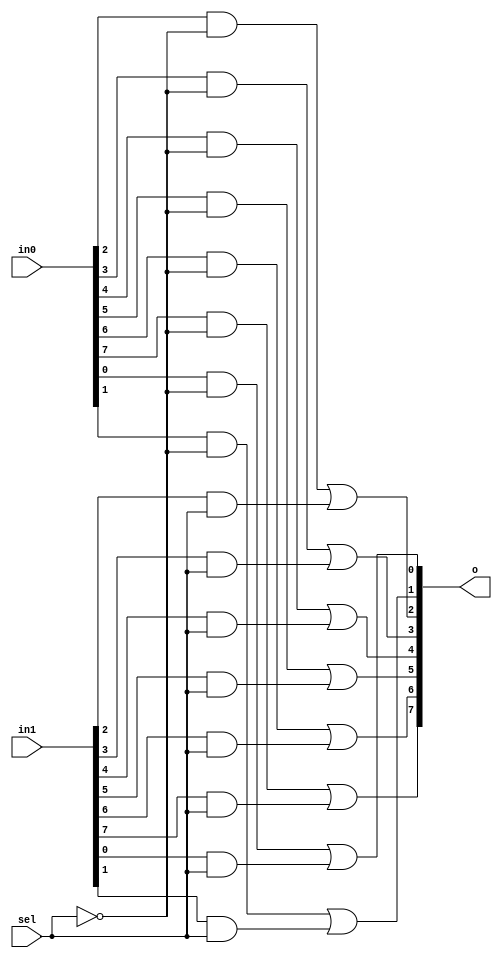
module m2_1x8 (
        input [7:0] in0,
        input [7:0] in1,
        input sel,
        output [7:0] o
    );
    
    assign o[0] = (in0[0] & ~sel) | (in1[0] & sel);
    assign o[1] = (in0[1] & ~sel) | (in1[1] & sel);
    assign o[2] = (in0[2] & ~sel) | (in1[2] & sel);
    assign o[3] = (in0[3] & ~sel) | (in1[3] & sel);
    assign o[4] = (in0[4] & ~sel) | (in1[4] & sel);
    assign o[5] = (in0[5] & ~sel) | (in1[5] & sel);
    assign o[6] = (in0[6] & ~sel) | (in1[6] & sel);
    assign o[7] = (in0[7] & ~sel) | (in1[7] & sel);
    
endmodule